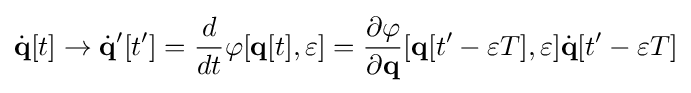
{\dot {\mathbf {q} }}[t]\rightarrow {\dot {\mathbf {q} }}'[t']={\frac {d}{dt}}\varphi [\mathbf {q} [t],\varepsilon ]={\frac {\partial \varphi }{\partial \mathbf {q} }}[\mathbf {q} [t'-\varepsilon T],\varepsilon ]{\dot {\mathbf {q} }}[t'-\varepsilon T]